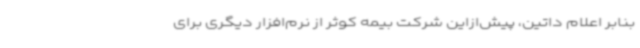
بنابر اعلام داتین، پیش‌ازاین شرکت بیمه کوثر از نرم‌افزار دیگری برای